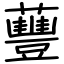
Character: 蘴